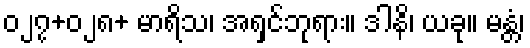
၀၂၇+၀၂၈+ မာရိသ၊ အရှင်ဘုရား။ ဒါနိ၊ ယခု။ မန္တံ၊